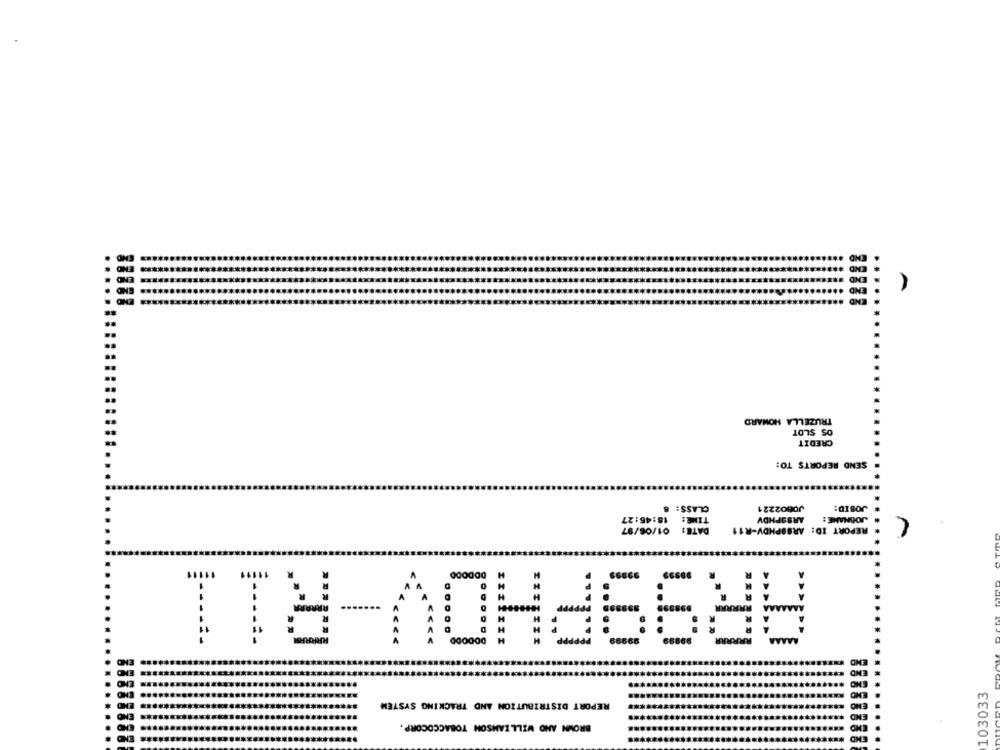
END
..
TRUZELLA HOWARD
05 SLOT
CREDIT
SEND REPORTS TO:
CLASS:
JOBO2221
JOBID:
TIME: 18:45:27
AR99PHDV
JOBNAME :
DATE: 01/06/97
REPORT ID: ARBOPHDV-R11
AR99PHOV-R11
ENO
103033
REPORT DISTRIBUTION AND TRACKING SYSTEM
BROWN AND WILLIAMSON TOBACCOCORP.